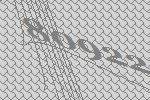
80922